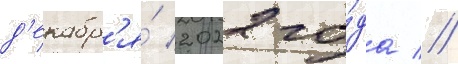
д'екабр'я́ 2022 го́да //